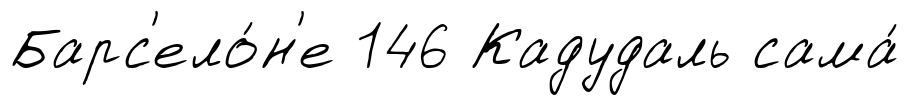
Барс'ело́н'е 146 Кадудаль сама́